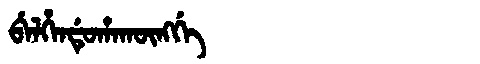
Manchu: ᠪᡝᠯᡥᡝᠨᡩᡠᡥᠠᡴᡡᠩᡤᡝ
Romanization: BELHENDUHAKŪNGGE